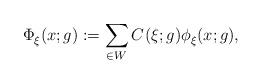
LaTeX: \begin{align*}\Phi_\xi^{}(x;g):=\sum_{\in W} C^{}( \xi ;g ) \phi_{\xi}^{}(x;g) ,\end{align*}